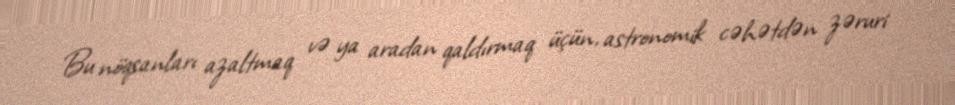
Bu nöqsanları azaltmaq və ya aradan qaldırmaq üçün, astronomik cəhətdən zəruri